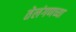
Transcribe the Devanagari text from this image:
तेलंगणच्या